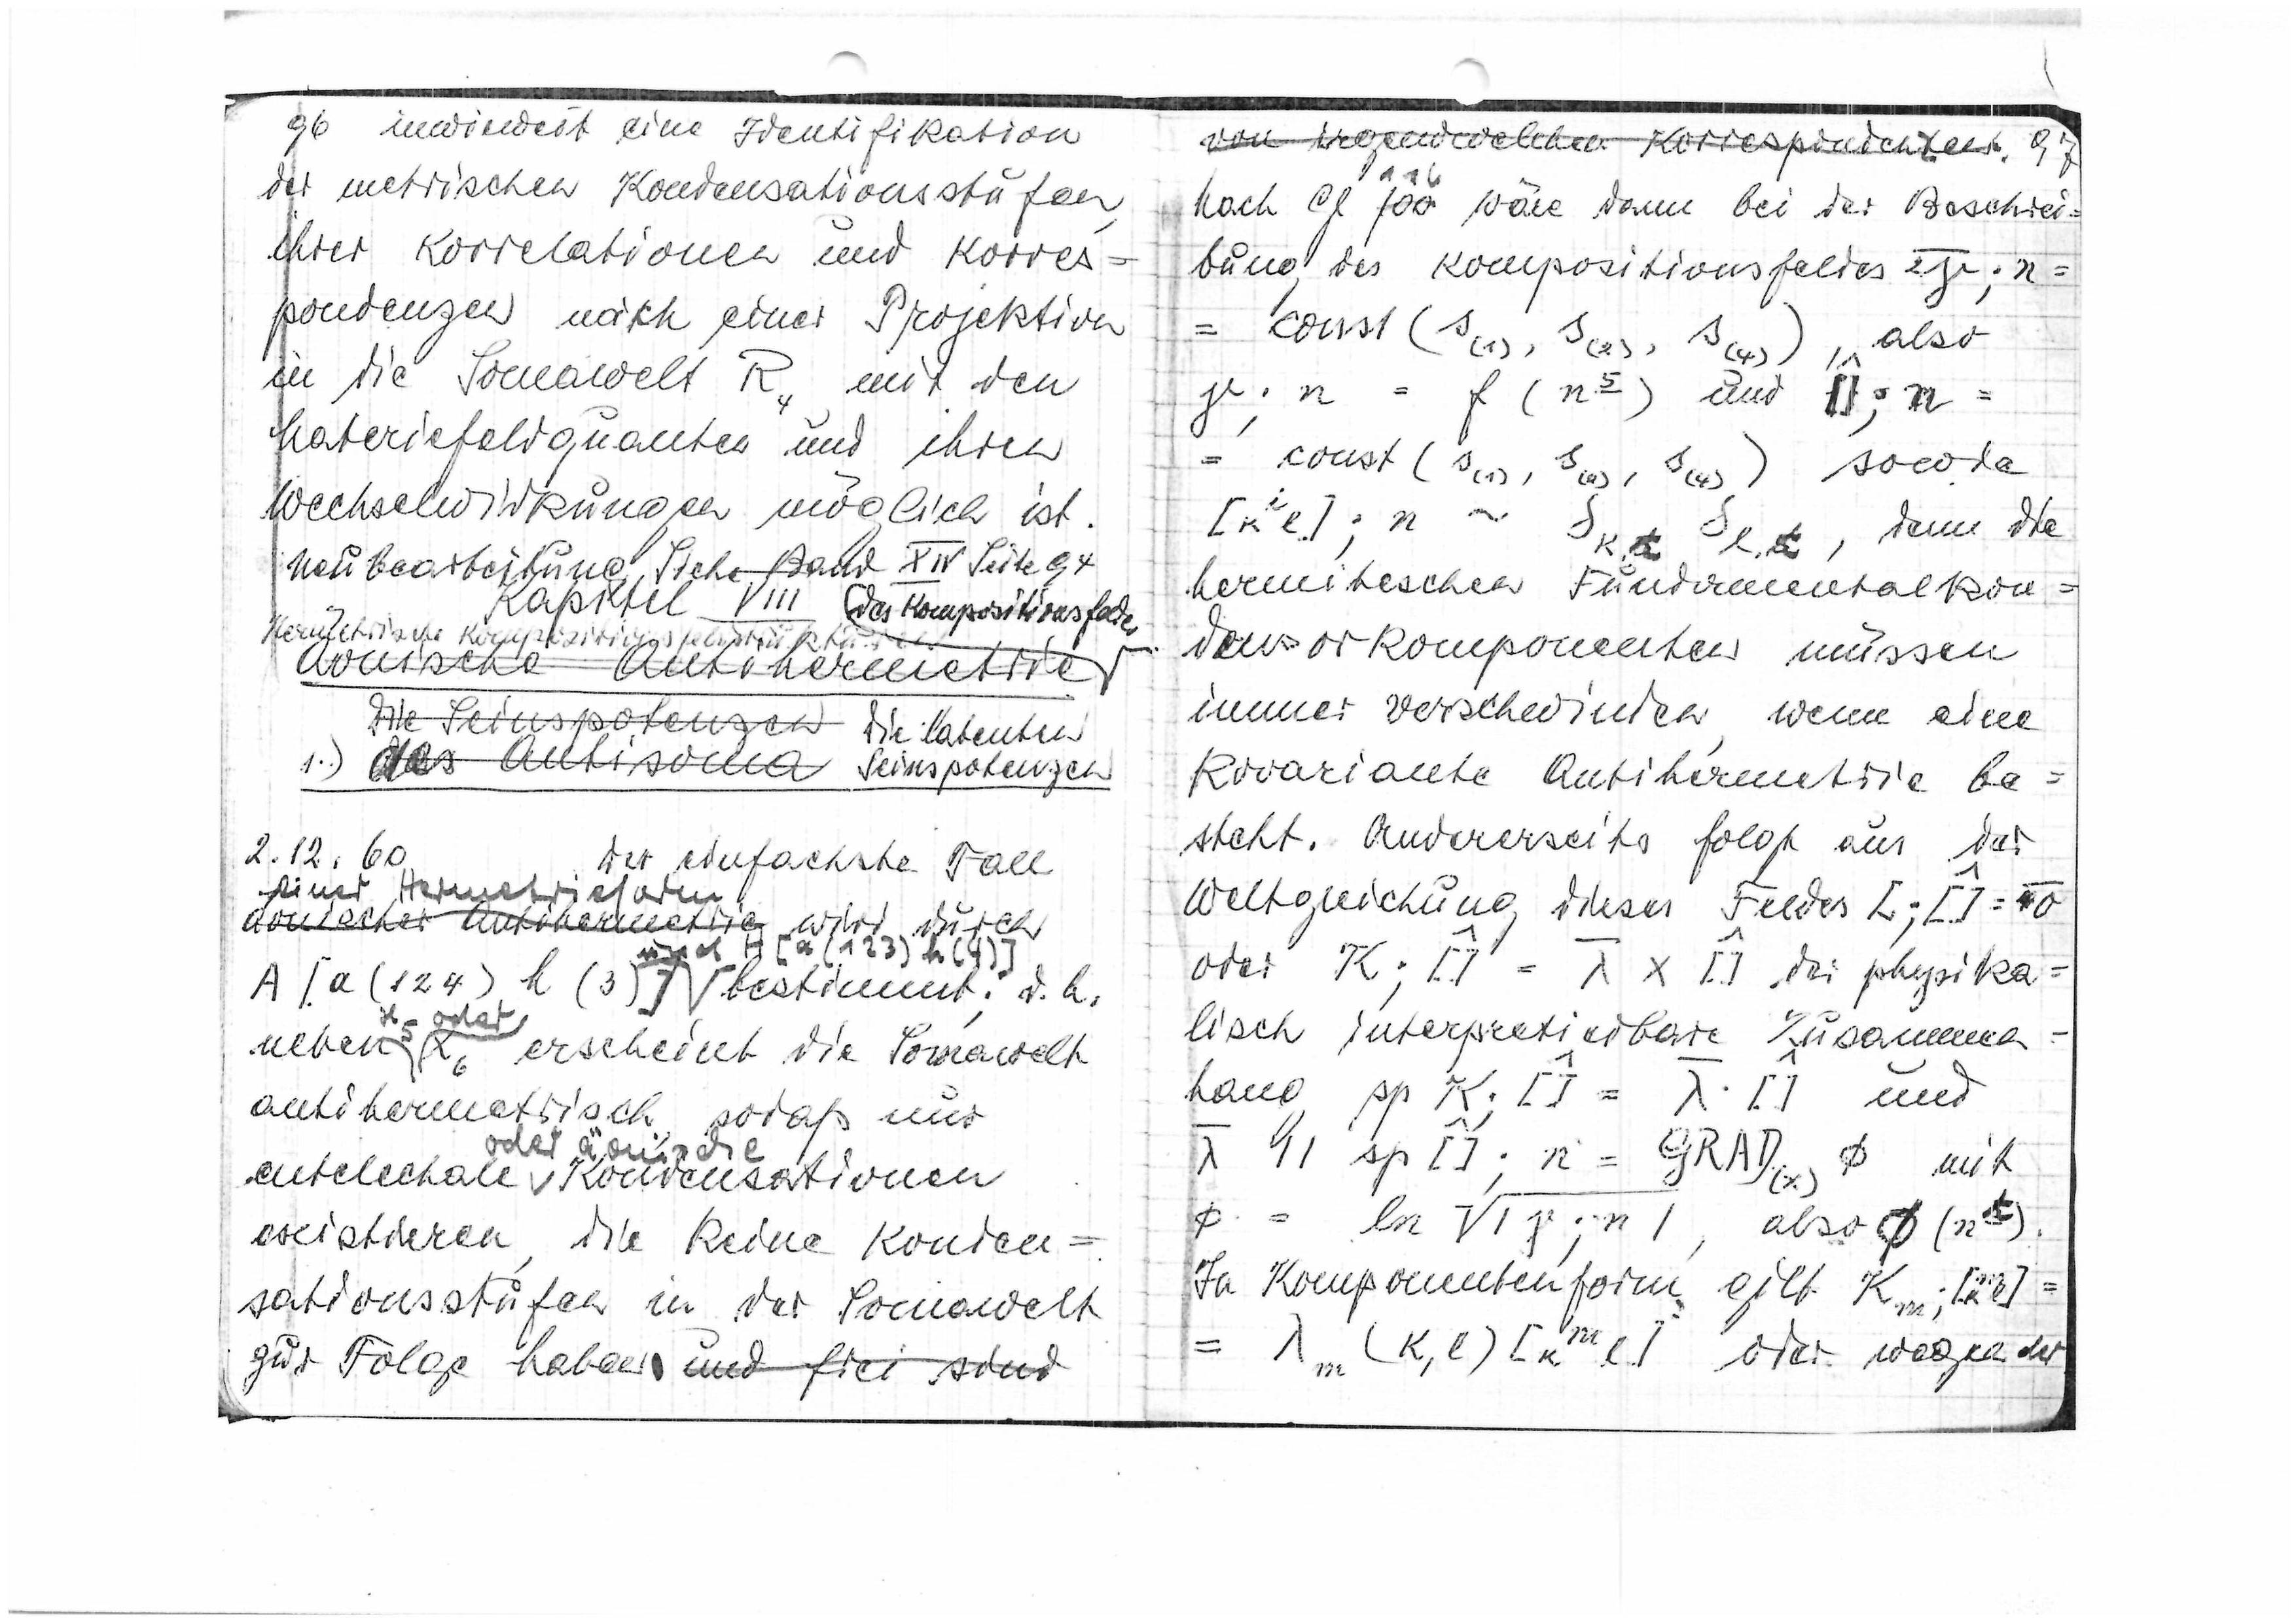
70
inwieweit eine Identilikation
der metrischen Kondensationsstufen
ihrer Korrelationen und Korres=
pondenzen nach einer Projektion
in die Somawelt R mir den
Materiefeldquanten und ihren
Wechselwirkungen möglich ist.
neubearbeitung. Iiche Bald dur Seitlt
Kapifel Vin
Herufetrische Kompkrrringspestrukturon
ConischeAntinermetrie
des Kompositionsfar
Fi detespofengen
des Antisoma
die latenten
Seinspotenzen
1.)
2.12.60
der eintächste Fall
einer Herenetrietoren
äonischer Untohermeirie
wird durch
A(a(124) h(3)]
 d [(q|123) 1(4)
bestimmt. d.h.
neben
H odat
R erscheint die Pomawelt
antihermetrisch, sodaß nur
entelechale
oder Gansde
ondensationen
existieren, die keine Konden=
sationsstufen in der Somawelt
zur Folge haben
und frei ssind

3
von irgendwelchen Korrespinichten
Nach 9l
116
100
wäre dann bei der Beschrei
bung des Kompositionsfeldes
n=
also
= const ((), S(); s()) 1n
ge;n = φ (n2)
und
[5x=
= const(s(),{(,()
sowie
[μl];n → spx 3l8
denn die
hermitischen Fundamentalkon=
denzorkomponenten müssen
immer verschwinden, wenn eine
Kovariante Antihermetrie be=
steht. Andererseits folgt aus der
Weltgreichung dieses Feldes
L;1]=50
oder
K;[] = λ x[]
der physika
lisch interpretierbäre Zusammen
hang
Δp K;[] = λ[]
und
λ W] sp []; n = GRAD)4
mit
p = laNqn],
also
B(23)
In Komponentenform gilt
Km äl]=
= λm(k,()[μν(]
oier wegen der